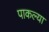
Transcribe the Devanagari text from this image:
पाकल्या